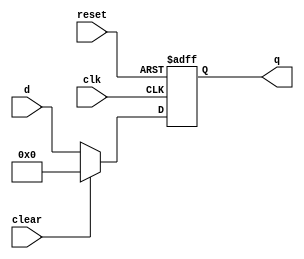
`timescale 1ns / 1ps
//////////////////////////////////////////////////////////////////////////////////
// Company: 
// Engineer: 
// 
// Design Name: 
// Module Name: floprc
// Project Name: 
// Target Devices: 
// Tool Versions: 
// Description: 
// 
// Dependencies: 
// 
// Revision:
// Revision 0.01 - File Created
// Additional Comments:
// 
//////////////////////////////////////////////////////////////////////////////////


module floprc #(parameter WIDTH=32)
              (input clk,reset,clear,
               input [WIDTH-1:0] d,
               output reg [WIDTH-1:0] q);
   
    always @(posedge clk,posedge reset)
    begin
    if(reset) q<=0;
    else if(clear) q<=0;
    else q<=d;
    end
endmodule